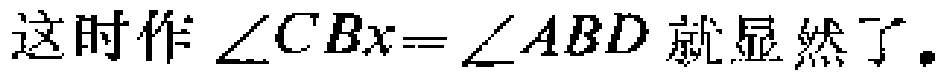
这时作\(\angle CBx = \angle ABD\)就显然了.